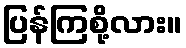
ပြန်ကြစို့လား။